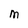
Character: M